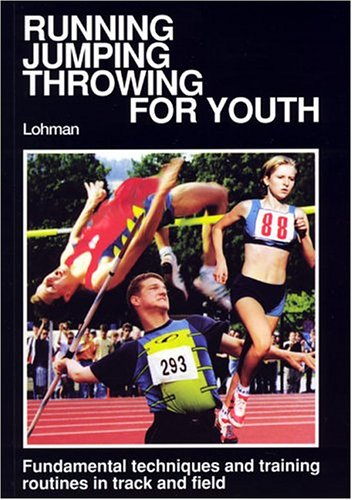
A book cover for Running, Jumping, Throwing for Youth; W. Lohmann; Teen & Young Adult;